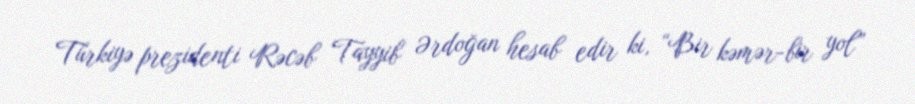
Türkiyə prezidenti Rəcəb Tayyib Ərdoğan hesab edir ki, “Bir kəmər-bir yol”